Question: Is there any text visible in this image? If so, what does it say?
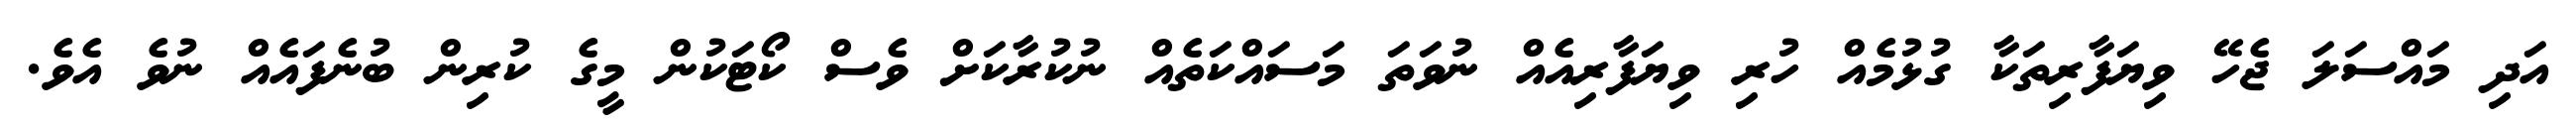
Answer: އަދި މައްސަލަ ޖެހޭ ވިޔަފާރިތަކާ ގުޅުމެއް ހުރި ވިޔަފާރިއެއް ނުވަތަ މަސައްކަތެއް ނުކުރާކަށް ވެސް ކޯޓަކުން މީގެ ކުރިން ބުނެފައެއް ނުވެ އެވެ.